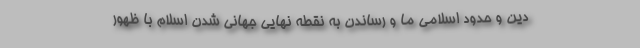
دین و حدود اسلامی ما و رساندن به نقطه نهایی جهانی شدن اسلام با ظهور